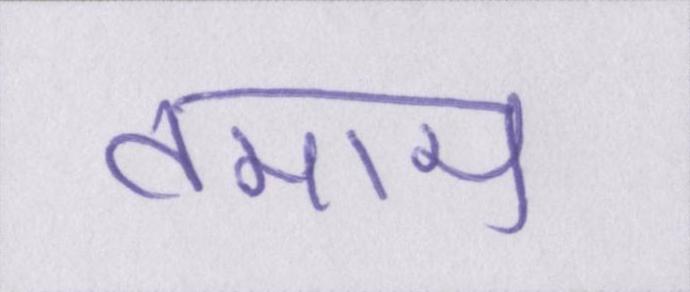
तमाम